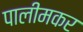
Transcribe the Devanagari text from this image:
पालीमकर